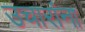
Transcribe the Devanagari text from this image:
उचारांना